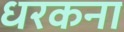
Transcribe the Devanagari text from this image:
धरकना